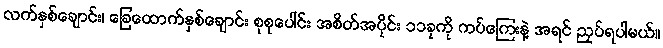
လက်နှစ်ချောင်း၊ ခြေထောက်နှစ်ချောင်း စုစုပေါင်း အစိတ်အပိုင်း ၁၁ခုကို ကပ်ကြေးနဲ့ အရင် ညှပ်ရပါမယ်။